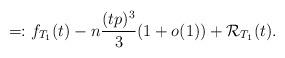
LaTeX: \begin{align*}=: f_{T_1}(t)-n\frac{(tp)^3}{3}(1+o(1))+ {\cal R}_{T_1}(t). \end{align*}